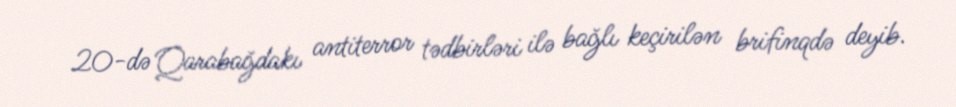
20-də Qarabağdakı antiterror tədbirləri ilə bağlı keçirilən brifinqdə deyib.